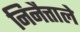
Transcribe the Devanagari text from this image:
निनैत्ताले